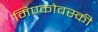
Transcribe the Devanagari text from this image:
मिण्कोवस्की